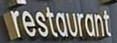
Restaurant